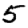
Digit: 5